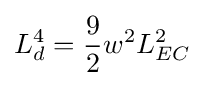
L_{d}^{4}={\frac {9}{2}}w^{2}L_{EC}^{2}